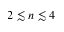
2 \lesssim n \lesssim 4